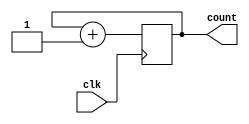
module counterckt(
    input wire clk,
    output reg [7:0] count
);

    always@(posedge clk) begin
        count <= count+1;
    end

endmodule